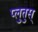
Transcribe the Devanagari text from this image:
प्लुतुस्